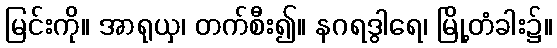
မြင်းကို။ အာရုယှ၊ တက်စီး၍။ နဂရဒွါရေ၊ မြို့တံခါး၌။